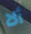
ألا